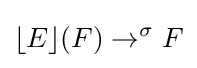
\lfloor E\rfloor (F)\rightarrow ^{\sigma }F